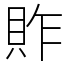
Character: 䝫